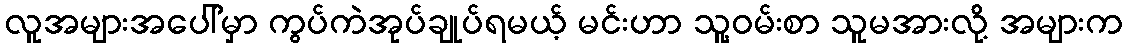
လူအများအပေါ်မှာ ကွပ်ကဲအုပ်ချုပ်ရမယ့် မင်းဟာ သူ့ဝမ်းစာ သူမအားလို့ အများက